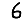
Digit: 6